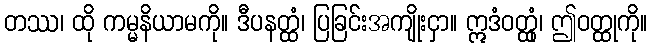
တဿ၊ ထို ကမ္မနိယာမကို။ ဒီပနတ္ထံ၊ ပြခြင်းအကျိုးငှာ။ ဣဒံဝတ္ထုံ၊ ဤဝတ္ထုကို။